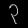
Digit: ၃